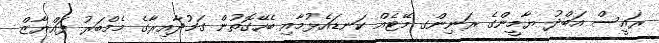
ރައީސް އަބްދު ޔާމީންގެ ރަނިންގ މޭޓެއް ކަނޑައެޅުމާއި ބެހޭގޮތުން ގަމުދާއިރާގެ މެމްބަރު ފައްޔާޒް